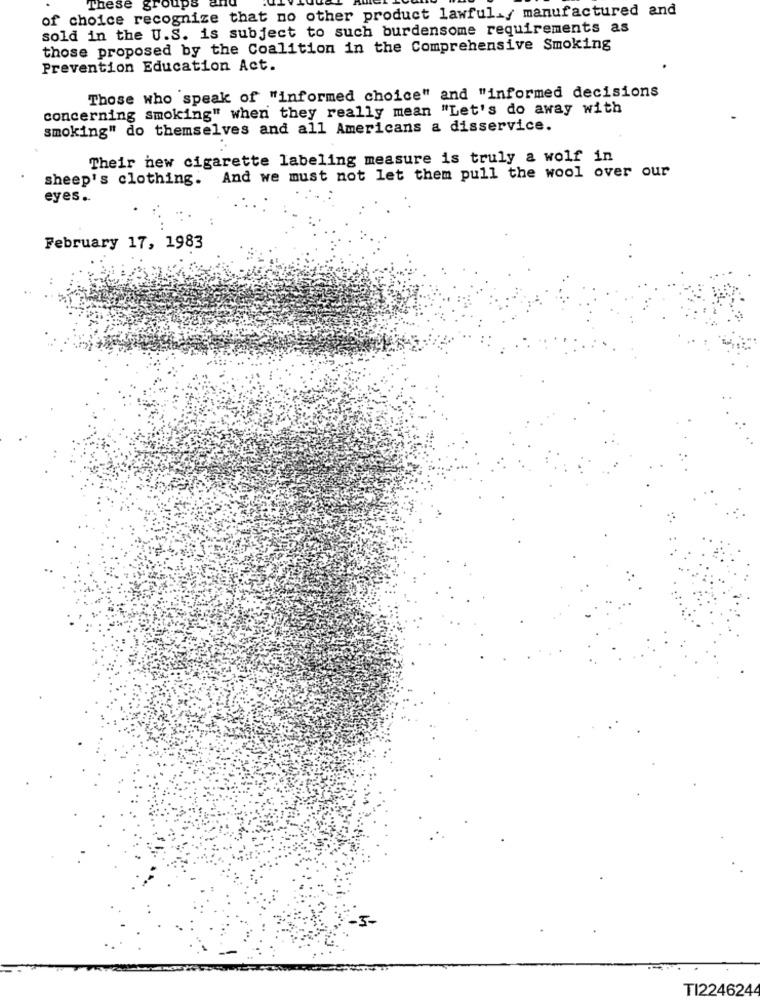
of choice recognize that no other product lawful./ manufactured and
These grou
1ps
sold in the U.S. is subject to such burdensome requirements as
those proposed by the Coalition in the Comprehensive Smoking
Prevention Education Act.
Those who speak of "informed choice" and "informed decisions
concerning smoking" when they really mean "Let's do away with
smoking" do themselves and all Americans a disservice.
Their new cigarette labeling measure is truly a wolf in
sheep's clothing. And we must not let them pull the wool over our
eyes ..
February 17, 1983
TI224624